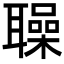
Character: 𦗵